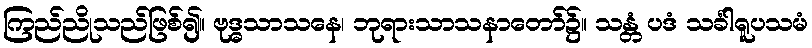
ကြည်ညိုသည်ဖြစ်၍။ ဗုဒ္ဓသာသနေ၊ ဘုရားသာသနာတော်၌။ သန္တံ ပဒံ သင်္ခါရူပသမံ